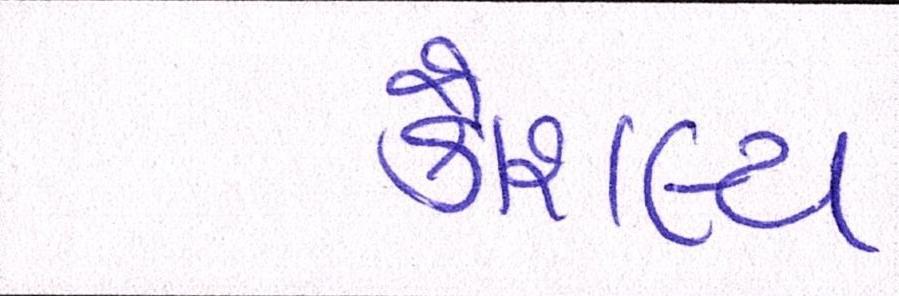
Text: કૌશલ્ય